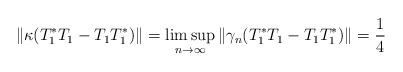
LaTeX: \begin{align*}\|\kappa(T_1^*T_1-T_1T_1^*)\|=\limsup_{n\to\infty}\|\gamma_n(T_1^*T_1-T_1T_1^*)\|=\frac{1}{4}\end{align*}